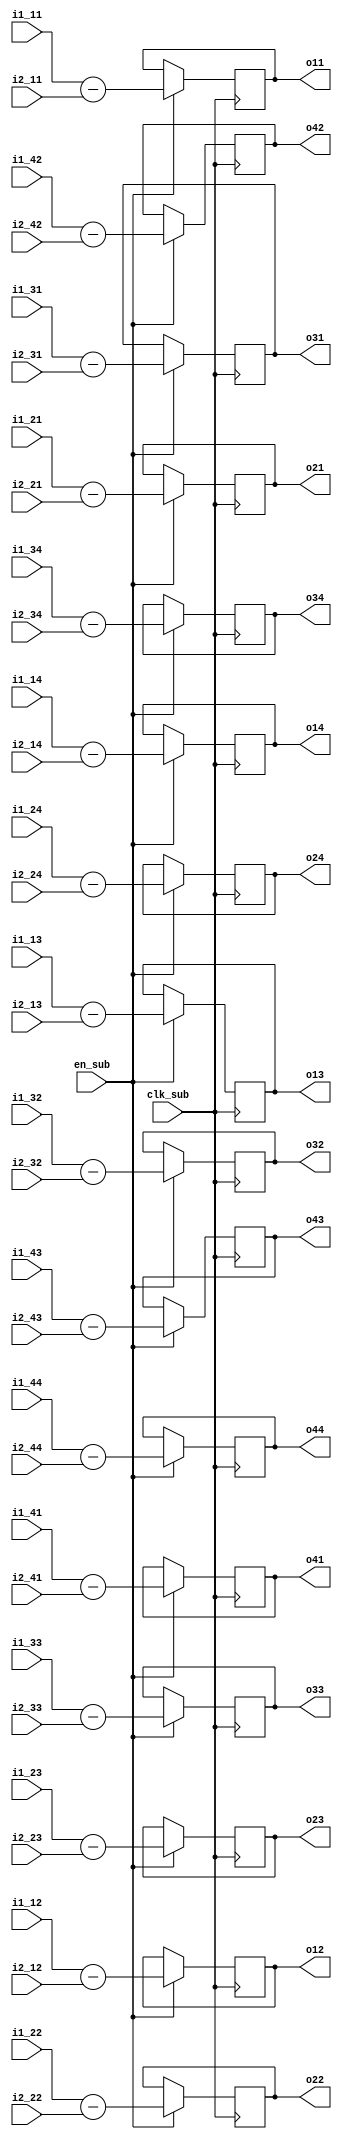
module SYMM_SUB (
    input clk_sub,
    input en_sub,

    input signed [25:0] i1_11, i1_12, i1_13, i1_14,
    input signed [25:0] i1_21, i1_22, i1_23, i1_24,
    input signed [25:0] i1_31, i1_32, i1_33, i1_34,
    input signed [25:0] i1_41, i1_42, i1_43, i1_44,

    input signed [25:0] i2_11, i2_12, i2_13, i2_14,
    input signed [25:0] i2_21, i2_22, i2_23, i2_24,
    input signed [25:0] i2_31, i2_32, i2_33, i2_34,
    input signed [25:0] i2_41, i2_42, i2_43, i2_44,

    output reg signed [25:0] o11, o12, o13, o14,
    output reg signed [25:0] o21, o22, o23, o24,
    output reg signed [25:0] o31, o32, o33, o34,
    output reg signed [25:0] o41, o42, o43, o44
);

always @(posedge clk_sub) begin
    if (en_sub) begin
        o11 <= i1_11 - i2_11; o12 <= i1_12 - i2_12; o13 <= i1_13 - i2_13; o14 <= i1_14 - i2_14;
        o21 <= i1_21 - i2_21; o22 <= i1_22 - i2_22; o23 <= i1_23 - i2_23; o24 <= i1_24 - i2_24;
        o31 <= i1_31 - i2_31; o32 <= i1_32 - i2_32; o33 <= i1_33 - i2_33; o34 <= i1_34 - i2_34;
        o41 <= i1_41 - i2_41; o42 <= i1_42 - i2_42; o43 <= i1_43 - i2_43; o44 <= i1_44 - i2_44;
    end else begin
        // o11 <= i1_11; o12 <= i1_12; o13 <= i1_13; o14 <= i1_14;
        // o21 <= i1_21; o22 <= i1_22; o23 <= i1_23; o24 <= i1_24;
        // o31 <= i1_31; o32 <= i1_32; o33 <= i1_33; o34 <= i1_34;
        // o41 <= i1_41; o42 <= i1_42; o43 <= i1_43; o44 <= i1_44;
    end
end
    
endmodule